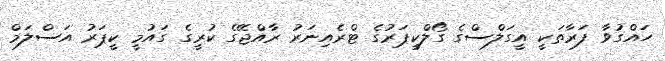
ހައްގުވާ ފަރާތަކީ އީގަލްސްގެ ގޯލްކީޕަރުގެ ޓްރެއިނަރު ރާއްޖޭގެ ކުރީގެ ގައުމީ ކީޕަރު އަސްލަމް